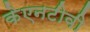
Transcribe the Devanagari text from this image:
केएनटीवी